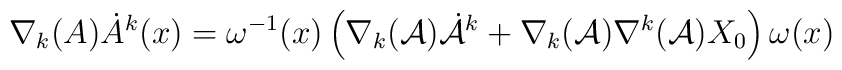
\nabla_{k}(A) \dot {A}^{k}(x) = \omega^{-1}(x)\left (\nabla_{k}({\cal A}){\dot {\cal A}}^{k}+ \nabla_{k}({\cal A})\nabla^{k}({\cal A})X_{0} \right ) \omega(x)